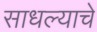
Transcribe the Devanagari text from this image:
साधल्याचे